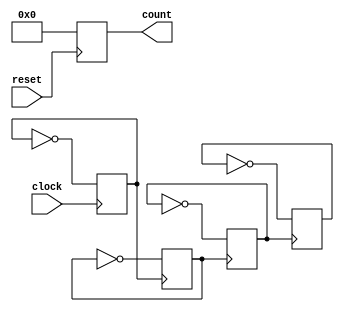
`timescale 1ns / 1ps
//////////////////////////////////////////////////////////////////////////////////
// Company: 
// Engineer: 
// 
// Design Name: 
// Module Name: async_down
// Project Name: 
// Target Devices: 
// Tool Versions: 
// Description: 
// 
// Dependencies: 
// 
// Revision:
// Revision 0.01 - File Created
// Additional Comments:
// 
//////////////////////////////////////////////////////////////////////////////////


module async_down(
    output reg[3:0] count,
    input clock,reset
    );
    
       always@(negedge clock )
        count[0] = ~count[0];
        always@(posedge count[0])
         count[1]=~count[1];
        always@(posedge count[1])
         count[2] =~count[2];
        always@(posedge count[2])
         count[3] =~count[3];
         always@(posedge reset) begin
               if(reset)
                count<=4'b0000;
                else
                 count<=count;
                end
endmodule